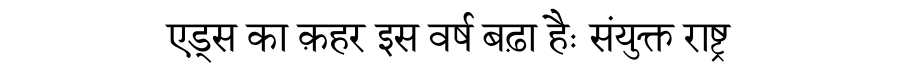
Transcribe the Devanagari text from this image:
एड्स का क़हर इस वर्ष बढ़ा हैः संयुक्त राष्ट्र